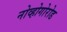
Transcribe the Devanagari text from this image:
नोव्होगोरोड